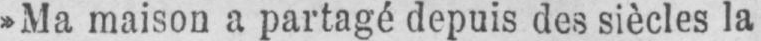
»Ma maison a partagé depuis des siècles la